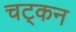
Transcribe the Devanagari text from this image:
चट्कन